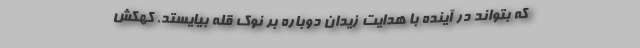
که بتواند در آینده با هدایت زیدان دوباره بر نوک قله بیایستد. کهکش